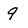
Character: 9